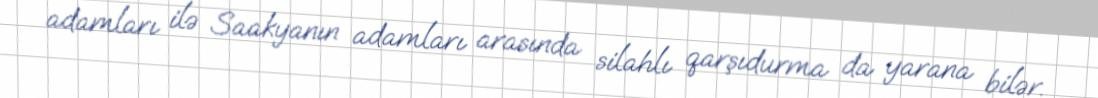
adamları ilə Saakyanın adamları arasında silahlı qarşıdurma da yarana bilər.